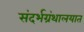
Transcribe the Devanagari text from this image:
संदर्भग्रंथालयात